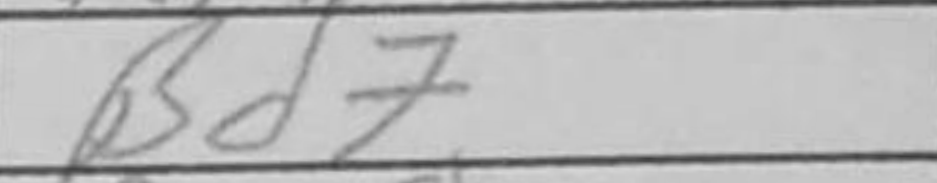
Transcription: Bd7